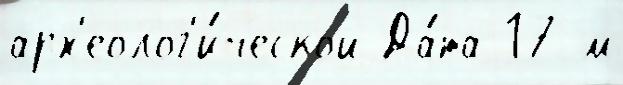
арх'еолог'и́ческой Да́та 17 м